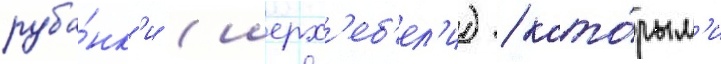
руба́нк'и (шерх'еб'ел'и) / кото́рым'и